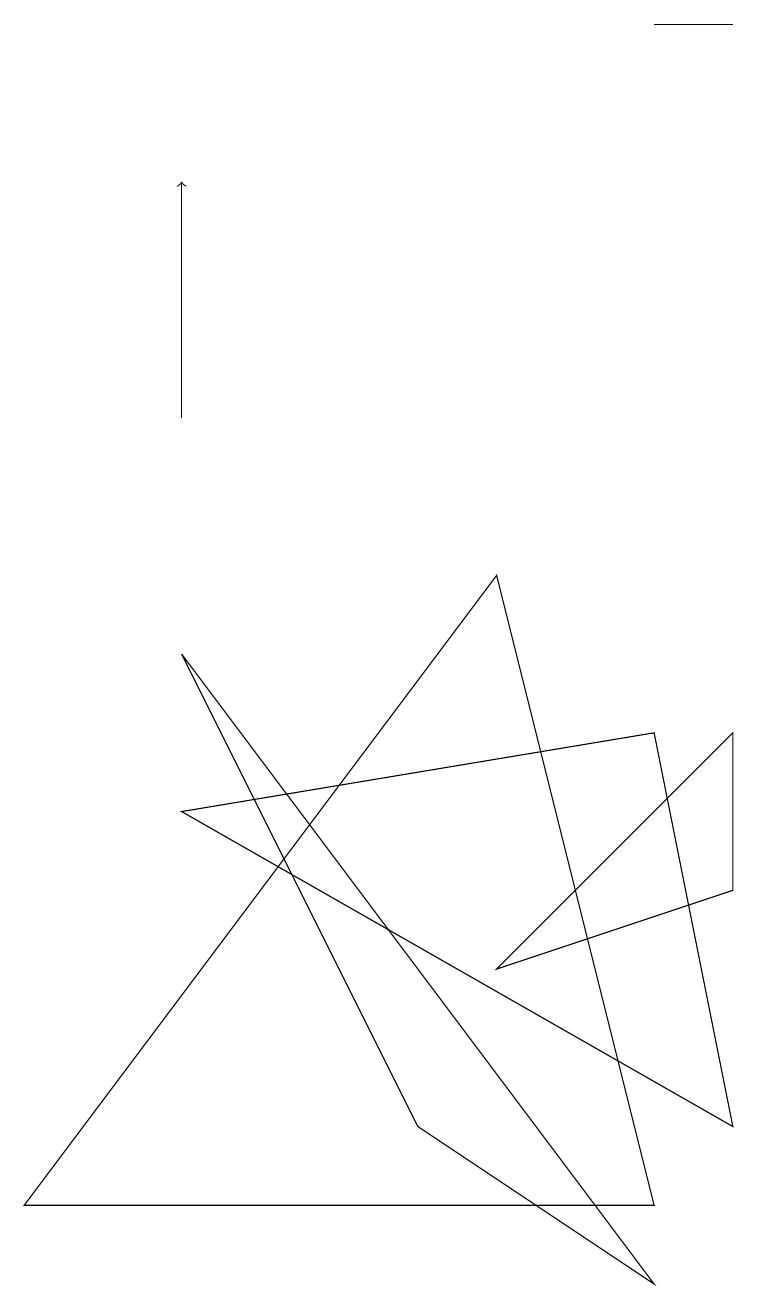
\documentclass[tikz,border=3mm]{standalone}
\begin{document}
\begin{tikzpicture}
\draw (5,2) -- (8,0) -- (2,8) -- cycle;
\draw (6,9) -- (0,1) -- (8,1) -- cycle;
\draw (8,16) rectangle (9,16);
\draw (9,2) -- (8,7) -- (2,6) -- cycle;
\draw (6,4) -- (9,5) -- (9,7) -- cycle;
\draw[->] (2,11) -- (2,14);
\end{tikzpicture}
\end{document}